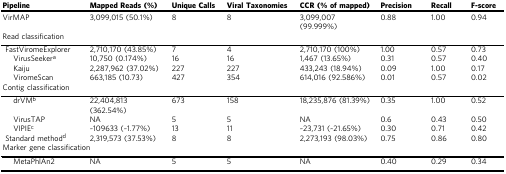
| Pipeline | Mapped Reads (%) | Unique Calls | Viral Taxonomies | CCR (% of mapped) | Precision | Recall | F-score |
 | --- | --- | --- | --- | --- | --- | --- | --- |
 | VirMAP | 3,099,015 (50.1%) | 8 | 8 | 3,099,007 (99.999%) | 0.88 | 1.00 | 0.94 |
 | <COLSPAN=8> Read classification |
 | FastViromeExplorer | 2,710,170 (43.85%) | 7 | 4 | 2,710,170 (100%) | 1.00 | 0.57 | 0.73 |
 | VirusSeekera | 10,750 (0.174%) | 16 | 16 | 1,467 (13.65%) | 0.31 | 0.57 | 0.40 |
 | Kaiju | 2,287,962 (37.02%) | 227 | 227 | 433,243 (18.94%) | 0.09 | 1.00 | 0.17 |
 | ViromeScan | 663,185 (10.73) | 427 | 354 | 614,016 (92.586%) | 0.01 | 0.57 | 0.02 |
 | <COLSPAN=8> Contig classification |
 | drVMb | 22,404,813 (362.54%) | 673 | 158 | 18,235,876 (81.39%) | 0.35 | 1.00 | 0.52 |
 | VirusTAP | NA | 5 | 5 | NA | 0.6 | 0.43 | 0.50 |
 | VIPIEc | ~109633 (~1.77%) | 13 | 11 | ~23,731 (~21.65%) | 0.30 | 0.71 | 0.42 |
 | Standard methodd | 2,319,573 (37.53%) | 8 | 8 | 2,273,193 (98.03%) | 0.75 | 0.86 | 0.80 |
 | <COLSPAN=8> Marker gene classification |
 | MetaPhlAn2 | NA | 5 | 5 | NA | 0.40 | 0.29 | 0.34 |